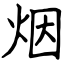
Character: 烟